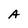
Character: A